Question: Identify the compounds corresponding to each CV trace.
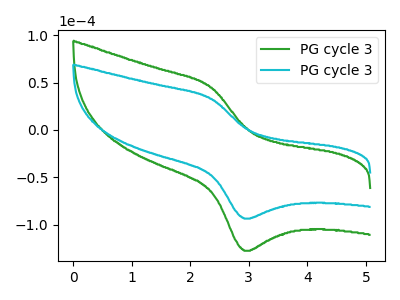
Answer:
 <answer>The green curve is labeled "PG cycle 31". The cyan curve is labeled "PG cycle 32".</answer>
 <eval></eval>